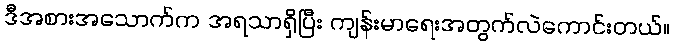
ဒီအစားအသောက်က အရသာရှိပြီး ကျန်းမာရေးအတွက်လဲကောင်းတယ်။